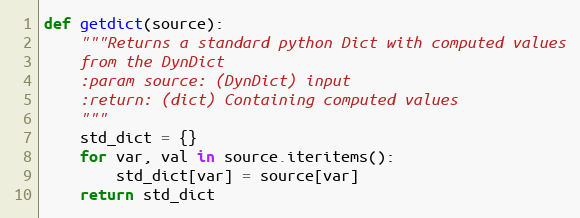
Language: Python
def getdict(source):
    """Returns a standard python Dict with computed values
    from the DynDict
    :param source: (DynDict) input
    :return: (dict) Containing computed values
    """
    std_dict = {}
    for var, val in source.iteritems():
        std_dict[var] = source[var]
    return std_dict